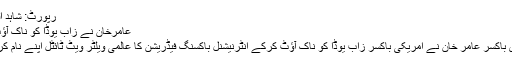
رپورٹ: شاہد افرازخان
عامرخان نے زاب یوڈا کو ناک آؤٹ کردیا
برطانوی باکسر عامر خان نے امریکی باکسر زاب یوڈا کو ناک آؤٹ کرکے انٹرنیشنل باکسنگ فیڈریشن کا عالمی ویلٹر ویٹ ٹائٹل اپنے نام کر لیا ہے۔